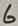
Text: 6